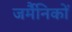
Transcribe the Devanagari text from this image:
जर्मैनिकों